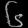
Digit: ၆